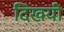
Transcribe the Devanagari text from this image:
दिखयी